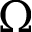
\Omega